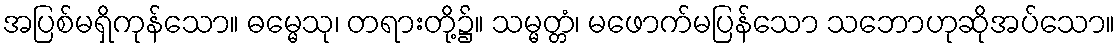
အပြစ်မရှိကုန်သော။ ဓမ္မေသု၊ တရားတို့၌။ သမ္မတ္တံ၊ မဖောက်မပြန်သော သဘောဟုဆိုအပ်သော။